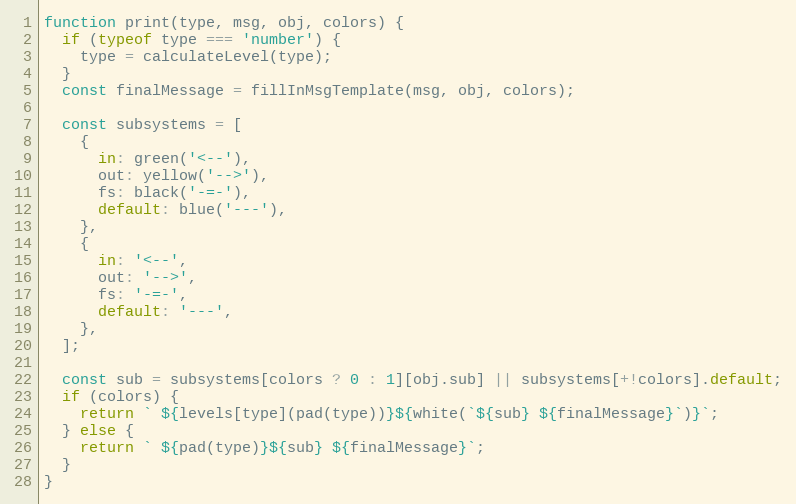
Language: JavaScript
function print(type, msg, obj, colors) {
  if (typeof type === 'number') {
    type = calculateLevel(type);
  }
  const finalMessage = fillInMsgTemplate(msg, obj, colors);

  const subsystems = [
    {
      in: green('<--'),
      out: yellow('-->'),
      fs: black('-=-'),
      default: blue('---'),
    },
    {
      in: '<--',
      out: '-->',
      fs: '-=-',
      default: '---',
    },
  ];

  const sub = subsystems[colors ? 0 : 1][obj.sub] || subsystems[+!colors].default;
  if (colors) {
    return ` ${levels[type](pad(type))}${white(`${sub} ${finalMessage}`)}`;
  } else {
    return ` ${pad(type)}${sub} ${finalMessage}`;
  }
}